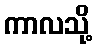
ကာလသို့